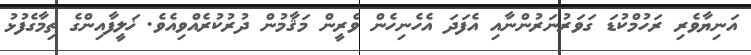
އަނިޔާވެރި ރަހުމްކުޑަ ގަވަރުނަރުންނާއި އެފަދަ އެހެނިހެން ވެރީން މަޤާމުން ދުރުކުރެއްވިއެވެ. ޚަލީފާއިންގެ ތިމާގެފުޅު